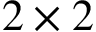
2 \times 2